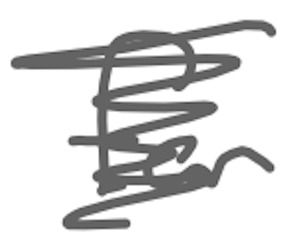
Text: for
Cross-out: scratch
Writing tool: digital_gray